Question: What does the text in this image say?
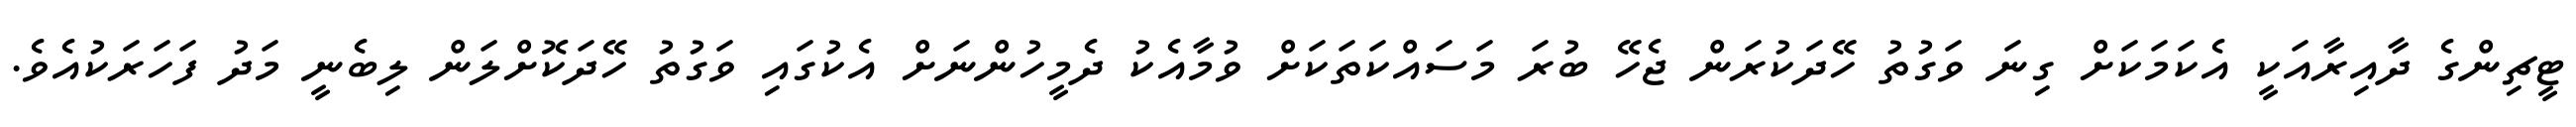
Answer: ޓީޗިންގެ ދާއިރާއަކީ އެކަމަކަށް ގިނަ ވަގުތު ހޭދަކުރަން ޖެހޭ ބުރަ މަސައްކަތަކަށް ވުމާއެކު ދެމީހުންނަށް އެކުގައި ވަގުތު ހޭދަކޮށްލަން ލިބެނީ މަދު ފަހަރަކުއެވެ.